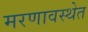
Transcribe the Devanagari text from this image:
मरणावस्थेत